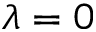
\lambda = 0